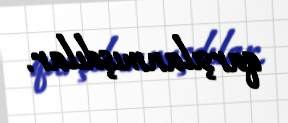
qarşılanmışdılar.